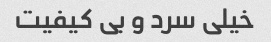
خیلی سرد و بی کیفیت